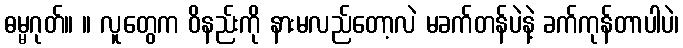
ဓမ္မဂုတ်။ ။ လူတွေက ဝိနည်းကို နားမလည်တော့လဲ မခက်တန်ပဲနဲ့ ခက်ကုန်တာပါပဲ၊